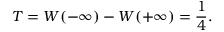
T = W ( - \infty ) - W ( + \infty ) = { \frac { 1 } { 4 } } .